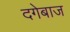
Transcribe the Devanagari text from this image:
दगेबाज